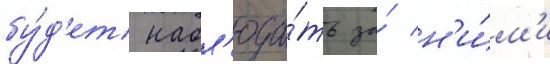
бу́д'ет набл'юда́ть за́ н'и́м'и